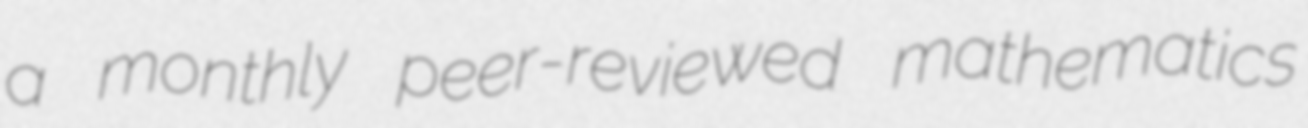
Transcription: a monthly peer-reviewed mathematics